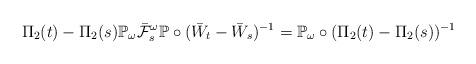
LaTeX: \begin{align*}\Pi_2(t)-\Pi_2(s) \mathbb{P}_{\omega} \bar{\mathcal{F}}^{\omega}_s \mathbb{P}\circ(\bar{W}_t-\bar{W}_s)^{-1} = \mathbb{P}_{\omega}\circ (\Pi_2(t)-\Pi_2(s))^{-1}\end{align*}